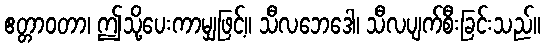
ဧတ္တာဝတာ၊ ဤသို့ပေးကာမျှဖြင့်။ သီလဘေဒေါ၊ သီလပျက်စီးခြင်းသည်။